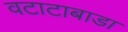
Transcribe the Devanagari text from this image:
वटाटाबाडा